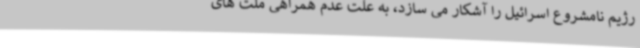
رژیم نامشروع اسرائیل را آشکار می سازد، به علت عدم همراهی ملت های